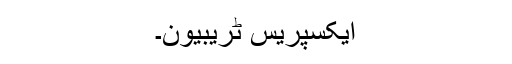
ایکسپریس ٹریبیون۔